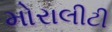
મોરાલીટી